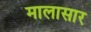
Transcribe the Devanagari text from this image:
मालासार